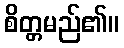
စိတ္တမည်၏။